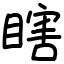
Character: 瞎